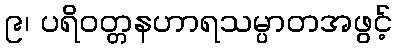
၉၊ ပရိဝတ္တနဟာရသမ္ပာတအဖွင့်